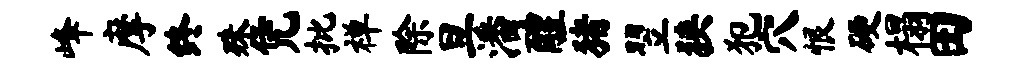
峰摩终殊凭批禅除旦潘醴猪翌狭犯穴恨硬榻田